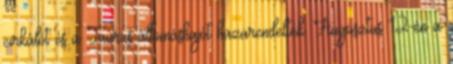
cirkálót és a Taurus állomáshajót hazarendelték. Augusztus 12-én a